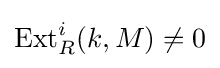
\operatorname {Ext} _{R}^{i}(k,M)\neq 0